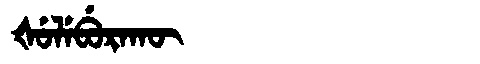
Manchu: ᡧᡠᠯᡝᠪᡠᡵᠠᡴᡡ
Romanization: ŠULEBURAKŪ